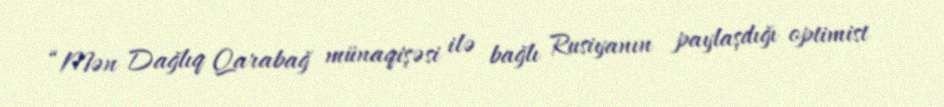
“Mən Dağlıq Qarabağ münaqişəsi ilə bağlı Rusiyanın paylaşdığı optimist